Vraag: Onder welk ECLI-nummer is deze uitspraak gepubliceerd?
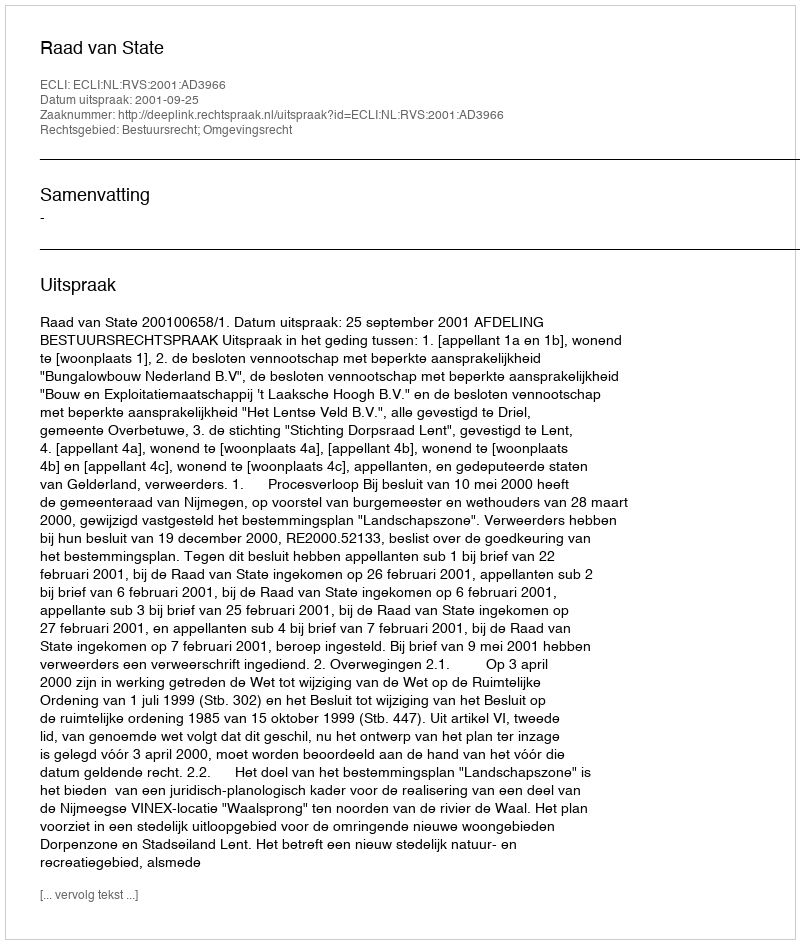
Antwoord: ECLI:NL:RVS:2001:AD3966